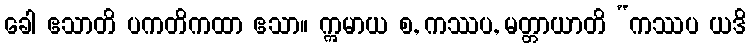
ခေါ ဧသာတိ ပကတိကထာ ဧသာ။ ဣမာယ စ, ကဿပ, မတ္တာယာတိ “ကဿပ ယဒိ